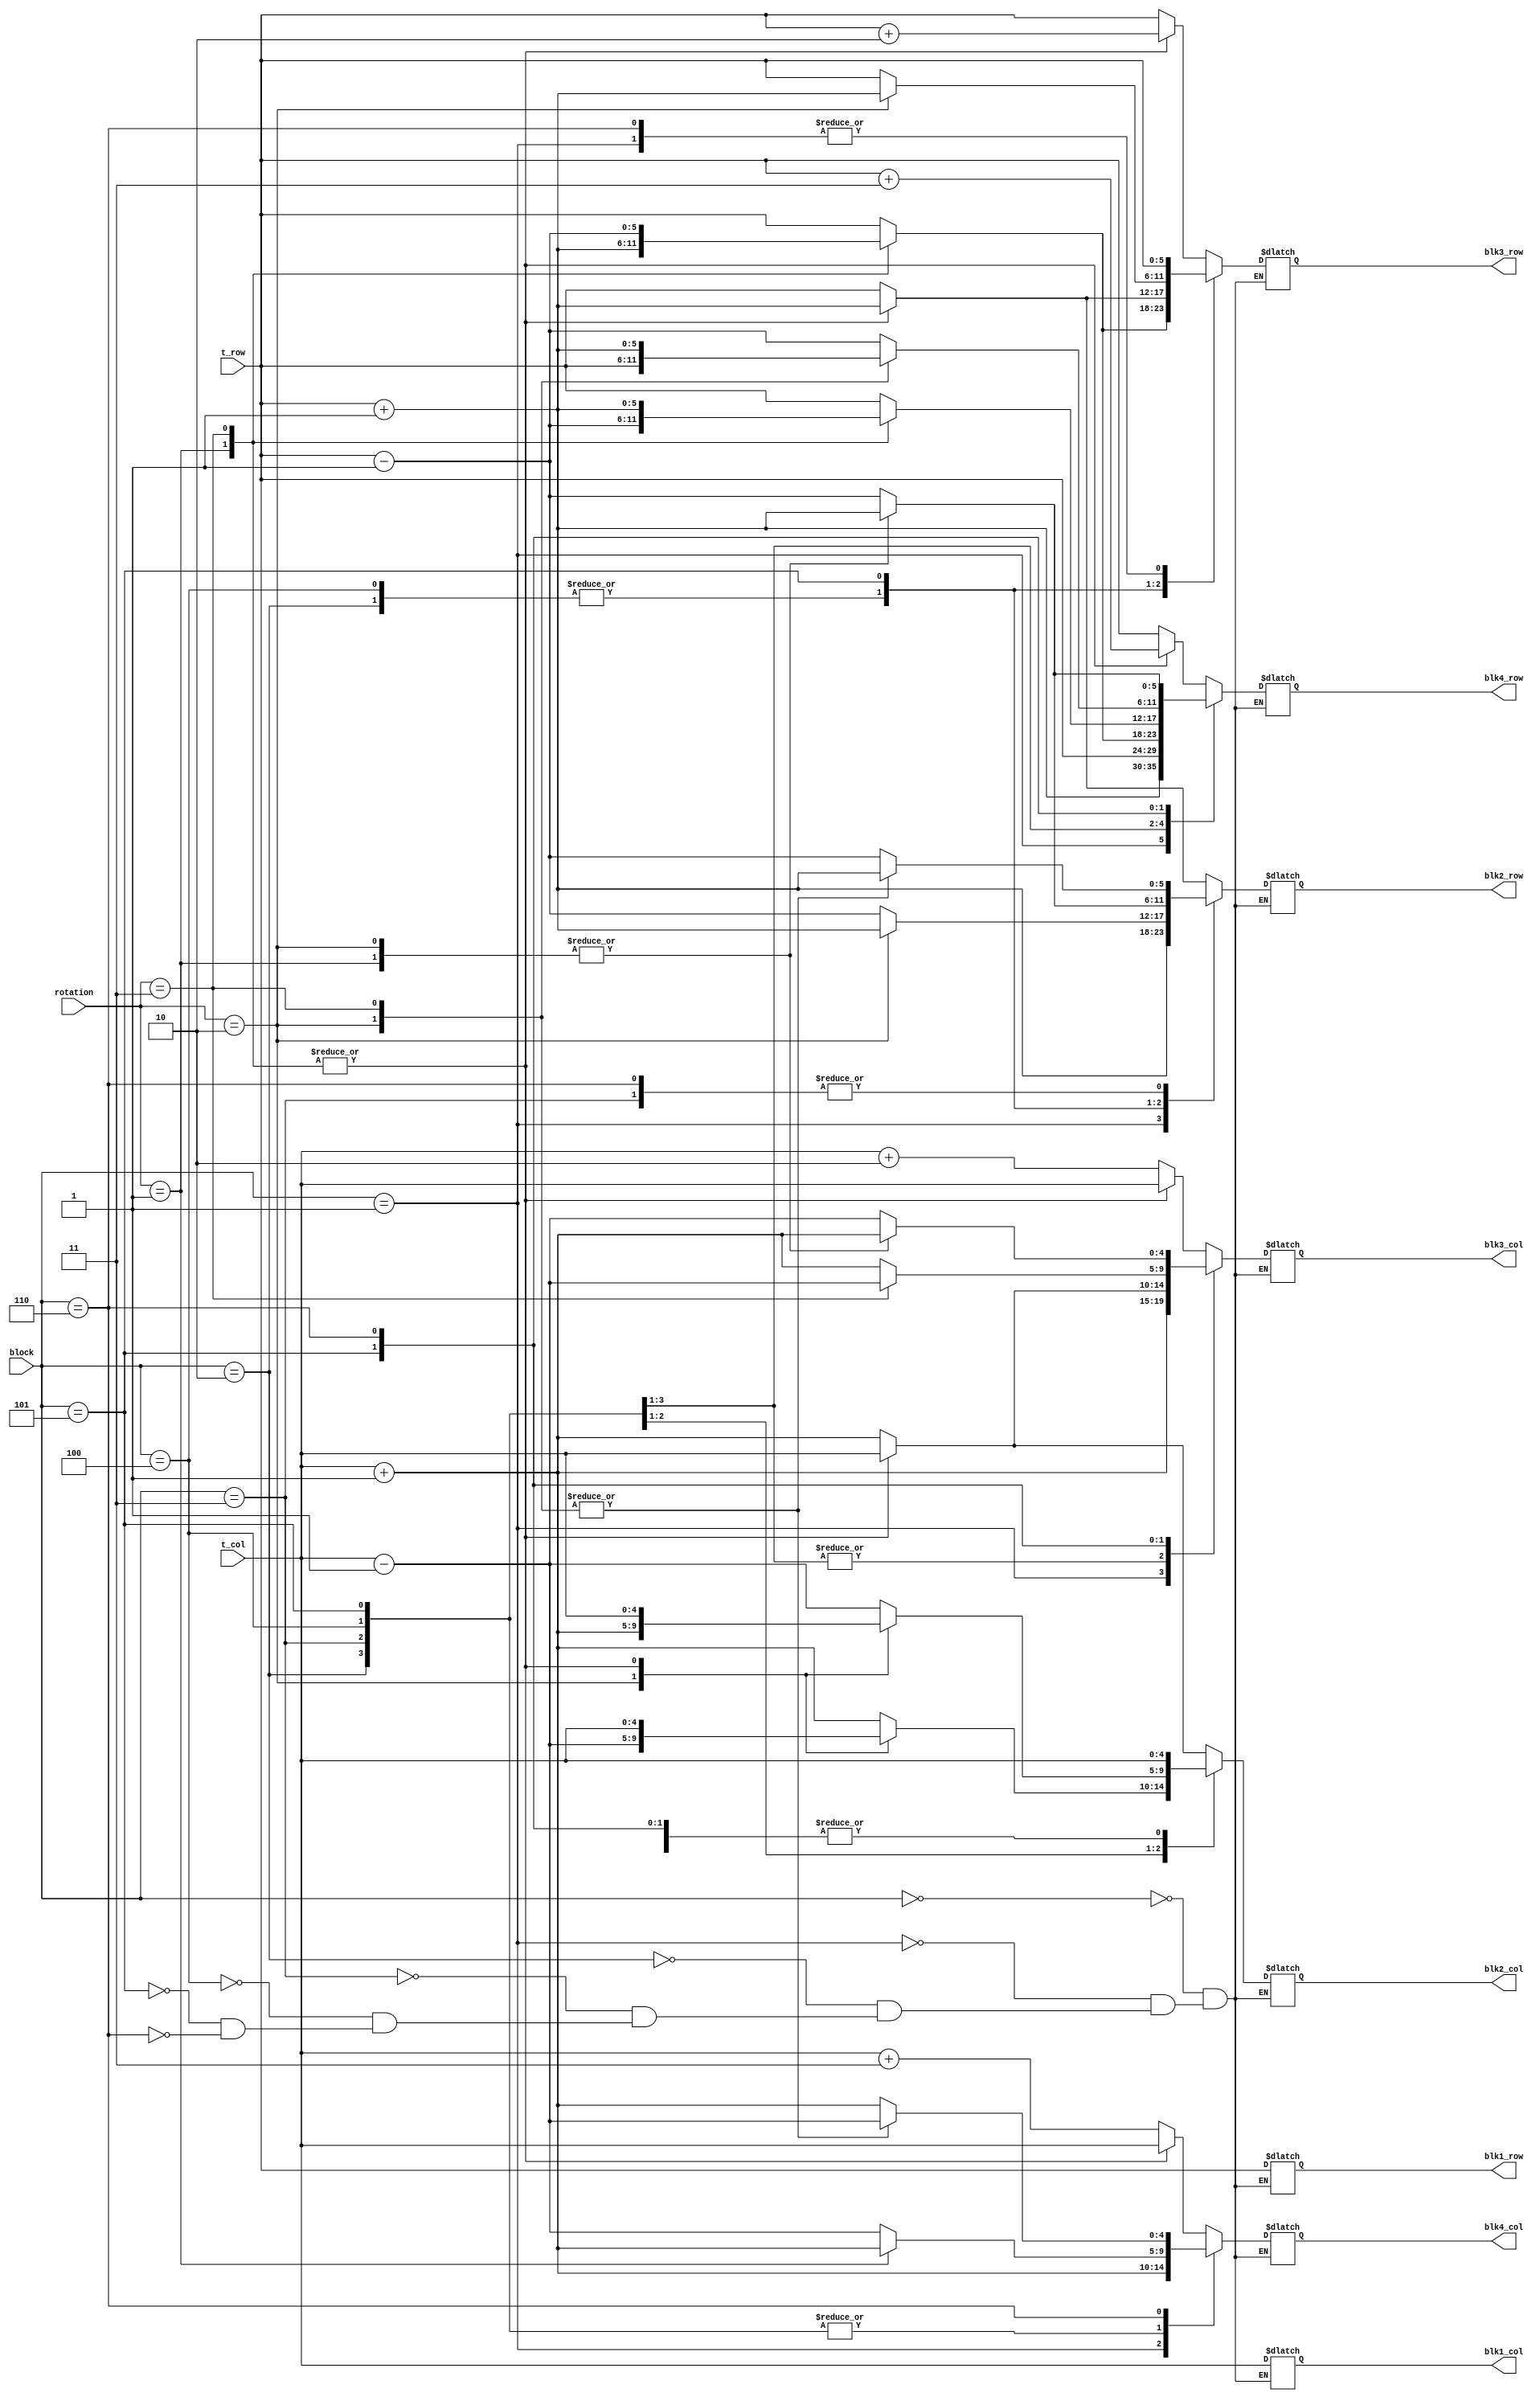
`timescale 1ns / 1ps
//////////////////////////////////////////////////////////////////////////////////
// Company: 
// Engineer: 
// 
// Design Name: 
// Module Name: tetrimino
// Project Name: 
// Target Devices: 
// Tool Versions: 
// Description: \
// 
// Dependencies: 
// 
// Revision:
// Revision 0.01 - File Created
// Additional Comments:
// 
//////////////////////////////////////////////////////////////////////////////////


module tetrimino(
    input [4:0] t_col,//0 to 9  (0 to 15)
    input [5:0] t_row,//0 to 21  (0 to 23)
    input [1:0] rotation,
    input [2:0] block,
    output reg [4:0] blk1_col,
                      blk2_col,
                      blk3_col,
                      blk4_col,
    output reg [5:0]  blk1_row,
                       blk2_row,
                       blk3_row,
                       blk4_row 
    );
     
   always @ (*)
    begin
        case (block)
        0: begin  // I
           case (rotation)
           0: begin //horizontal    //    #X##
              blk1_row = t_row;
              blk2_row = t_row;
              blk3_row = t_row;
              blk4_row = t_row;
              blk1_col = t_col;
              blk2_col = t_col+1;
              blk3_col = t_col+2;
              blk4_col = t_col+3;
           end
                                       //   #
                                       //   X
                                       //   #
                                       //   #
           1: begin // vertical    
               blk1_row = t_row;
               blk2_row = t_row+1;
               blk3_row = t_row+2;
               blk4_row = t_row+3;
               blk1_col = t_col;
               blk2_col = t_col;
               blk3_col = t_col;
               blk4_col = t_col;   
           end
           
           2: begin // horizontal        //   #X##
                blk1_row = t_row;
                blk2_row = t_row;
                blk3_row = t_row;
                blk4_row = t_row;
                blk1_col = t_col;
                blk2_col = t_col+1;
                blk3_col = t_col+2;
                blk4_col = t_col+3;
           end
                  
           3: begin // vertical               //    #
               blk1_row = t_row;
               blk2_row = t_row+1;
               blk3_row = t_row+2;
               blk4_row = t_row+3;
               blk1_col = t_col;
               blk2_col = t_col;
               blk3_col = t_col;
               blk4_col = t_col; 
           end
           endcase
        end       
        
        1: begin // square
            blk1_row = t_row; blk1_col = t_col;
            blk2_row = t_row+1; blk2_col = t_col;
            blk3_row = t_row; blk3_col = t_col+1;
            blk4_row = t_row+1; blk4_col = t_col+1;
        end
        
        2: begin   // T
           case (rotation)           //      # 
           0: begin                 //      #X#
                blk1_row = t_row; blk1_col = t_col;
                blk2_row = t_row-1; blk2_col = t_col;
                blk3_row = t_row; blk3_col = t_col+1;
                blk4_row = t_row; blk4_col = t_col-1;
           end 
                                   //     #      
                                   //     X#            
           1: begin                //     #
                blk1_row = t_row; blk1_col = t_col;
                blk2_row = t_row-1; blk2_col = t_col;
                blk3_row = t_row+1; blk3_col = t_col;
                blk4_row = t_row; blk4_col = t_col+1;
           end  
                                   //     #X#          
           2: begin                //      #
                blk1_row = t_row; blk1_col = t_col;
                blk2_row = t_row+1; blk2_col = t_col;
                blk3_row = t_row; blk3_col = t_col+1;
                blk4_row = t_row; blk4_col = t_col-1;
           end
           
           3: begin              
//     #
//    #X
//     #
                blk1_row = t_row; blk1_col = t_col;
                blk2_row = t_row-1; blk2_col = t_col;
                blk3_row = t_row+1; blk3_col = t_col;
                blk4_row = t_row; blk4_col = t_col-1;
           end
           endcase
        end
           
        3: begin // L
           case (rotation)       //         #
           0: begin              //       #X#  
                blk1_row = t_row; blk1_col = t_col;
                blk2_row = t_row-1; blk2_col = t_col+1;
                blk3_row = t_row; blk3_col = t_col+1;
                blk4_row = t_row; blk4_col = t_col-1;
           end
           
           1: begin               
//      # 
//      X
//      ## 
                blk1_row = t_row; blk1_col = t_col;
                blk2_row = t_row-1; blk2_col = t_col;
                blk3_row = t_row+1; blk3_col = t_col;
                blk4_row = t_row+1; blk4_col = t_col+1;        
           end
           
           2: begin                   
//   #X#
//   #
            blk1_row = t_row; blk1_col = t_col;
            blk2_row = t_row+1; blk2_col = t_col-1;
            blk3_row = t_row; blk3_col = t_col+1;
            blk4_row = t_row; blk4_col = t_col-1;  
           end
               
           3: begin                   
//      ##
//       X
//       #
                blk1_row = t_row; blk1_col = t_col;
                blk2_row = t_row+1; blk2_col = t_col;
                blk3_row = t_row-1; blk3_col = t_col;
                blk4_row = t_row-1; blk4_col = t_col-1;
           end
           endcase
        end
           
        4: begin // J
           case (rotation)
           0: begin                 
//   #
//   #x#
                blk1_row = t_row; blk1_col = t_col;
                blk2_row = t_row-1; blk2_col = t_col-1;
                blk3_row = t_row; blk3_col = t_col+1;
                blk4_row = t_row; blk4_col = t_col-1;  
           end
           
           1: begin                  
//     ##
//     x
//     #
                blk1_row = t_row; blk1_col = t_col;
                blk2_row = t_row-1; blk2_col = t_col;
                blk3_row = t_row+1; blk3_col = t_col;
                blk4_row = t_row-1; blk4_col = t_col+1;          
           end
           
           2: begin                 
//   #x#
//     # 
                blk1_row = t_row; blk1_col = t_col;
                blk2_row = t_row+1; blk2_col = t_col+1;
                blk3_row = t_row; blk3_col = t_col+1;
                blk4_row = t_row; blk4_col = t_col-1;          
           end
           
           3: begin
//      #
//      x
//     ##
                blk1_row = t_row; blk1_col = t_col;
                blk2_row = t_row-1; blk2_col = t_col;
                blk3_row = t_row+1; blk3_col = t_col;
                blk4_row = t_row+1; blk4_col = t_col-1;      
           end                               
           endcase 
        end 

        5: begin // Z
           case (rotation)
           0: begin                 
//   ##
//    X#
                blk1_row = t_row; blk1_col = t_col;
                blk2_row = t_row-1; blk2_col = t_col;
                blk3_row = t_row; blk3_col = t_col+1;
                blk4_row = t_row-1; blk4_col = t_col-1;      
           end
           
           1: begin                 
//           #
//          X#
//          #
                blk1_row = t_row; blk1_col = t_col;
                blk2_row = t_row+1; blk2_col = t_col;
                blk3_row = t_row; blk3_col = t_col+1;
                blk4_row = t_row-1; blk4_col = t_col+1;   
           end
           
           2: begin                 
//   #X
//    ## 
                blk1_row = t_row; blk1_col = t_col;
                blk2_row = t_row+1; blk2_col = t_col;
                blk3_row = t_row+1; blk3_col = t_col+1;
                blk4_row = t_row; blk4_col = t_col-1;    
           end
           
           3: begin
//        #
//       #X
//       #
                blk1_row = t_row; blk1_col = t_col;
                blk2_row = t_row-1; blk2_col = t_col;
                blk3_row = t_row; blk3_col = t_col-1;
                blk4_row = t_row+1; blk4_col = t_col-1;      
           end                               
           endcase 
        end 

        6: begin // S
           case (rotation)
           0: begin                 
//     ##
//    #X
                blk1_row = t_row; blk1_col = t_col;
                blk2_row = t_row-1; blk2_col = t_col;
                blk3_row = t_row; blk3_col = t_col-1;
                blk4_row = t_row-1; blk4_col = t_col+1;          
           end
           
           1: begin                   
//      #         
//      X#  
//       #
                blk1_row = t_row; blk1_col = t_col;
                blk2_row = t_row-1; blk2_col = t_col;
                blk3_row = t_row; blk3_col = t_col+1;
                blk4_row = t_row+1; blk4_col = t_col+1;         
           end
           
           2: begin                 
//     X#
//    ## 
                blk1_row = t_row; blk1_col = t_col;
                blk2_row = t_row+1; blk2_col = t_col;
                blk3_row = t_row; blk3_col = t_col+1;
                blk4_row = t_row+1; blk4_col = t_col-1;         
           end
           
           3: begin
//      #
//      #X
//       #
            blk1_row = t_row; blk1_col = t_col;
            blk2_row = t_row+1; blk2_col = t_col;
            blk3_row = t_row; blk3_col = t_col-1;
            blk4_row = t_row-1; blk4_col = t_col-1;       
           end                               
           endcase 
        end 

        endcase     
    end 
endmodule